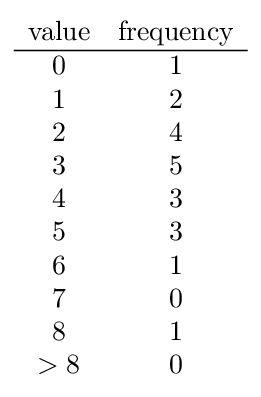
{\begin{array}{cc}{\text{value}}&{\text{frequency}}\\\hline 0&1\\1&2\\2&4\\3&5\\4&3\\5&3\\6&1\\7&0\\8&1\\>8&0\end{array}}